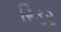
રિડર